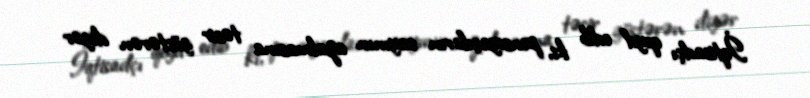
İqtisadçı qeyd edib ki, pensiyaçıların sayının azalmasına təsir göstərən digər